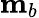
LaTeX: \mathbf{m}_{b}